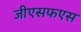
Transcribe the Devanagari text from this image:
जीएसफएस